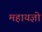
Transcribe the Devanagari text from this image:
महायज्ञो